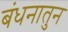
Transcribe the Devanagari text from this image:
बंधनातुन